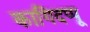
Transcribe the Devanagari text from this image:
कागिदप्पू